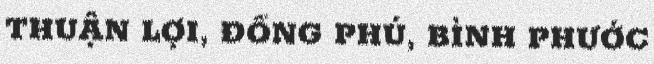
THUẬN LỢI, ĐỒNG PHÚ, BÌNH PHƯỚC